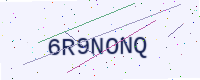
Text: 6R9NONQ